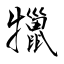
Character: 犣